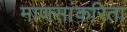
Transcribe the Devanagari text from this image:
माणसांकरिता